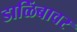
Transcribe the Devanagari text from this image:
डाळिंबावर